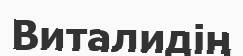
Виталидің